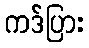
ကဒ်ပြား